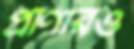
প্রাণীরও